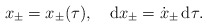
\begin{align*}x_\pm=x_\pm(\tau),\quad{\rm d}x_\pm=\dot x_\pm\,{\rm d}\tau.\end{align*}